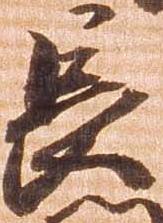
長